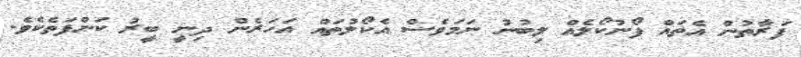
ފަރާތުން އެތައް ފޯނުކޯލެއް ލިބުނު ނަމަވެސް އެކޯލުތައް އަހަރެން ދިނީ ބީރު ކަންފަތެކެވެ.